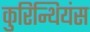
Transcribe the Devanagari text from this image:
कुरिन्थियंस